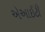
એઆઈટી